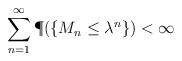
LaTeX: \begin{align*}\sum_{n=1}^\infty \P(\{M_n \le \lambda^n\}) < \infty\end{align*}